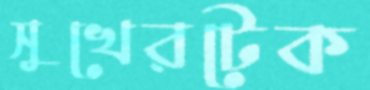
সুখেরটেক